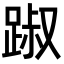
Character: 踧